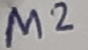
Text: M2